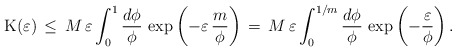
\begin{align*}{\rm K}(\varepsilon) \,\le\, M\,\varepsilon\int_0^1\frac{d\phi}{\phi}\,\exp{\left(-\varepsilon\,\frac{m}{\phi}\right)}\,=\, M\,\varepsilon\int_0^{1/m}\frac{d\phi}{\phi}\,\exp{\left(-\frac{\varepsilon}{\phi}\right)}\,.\end{align*}